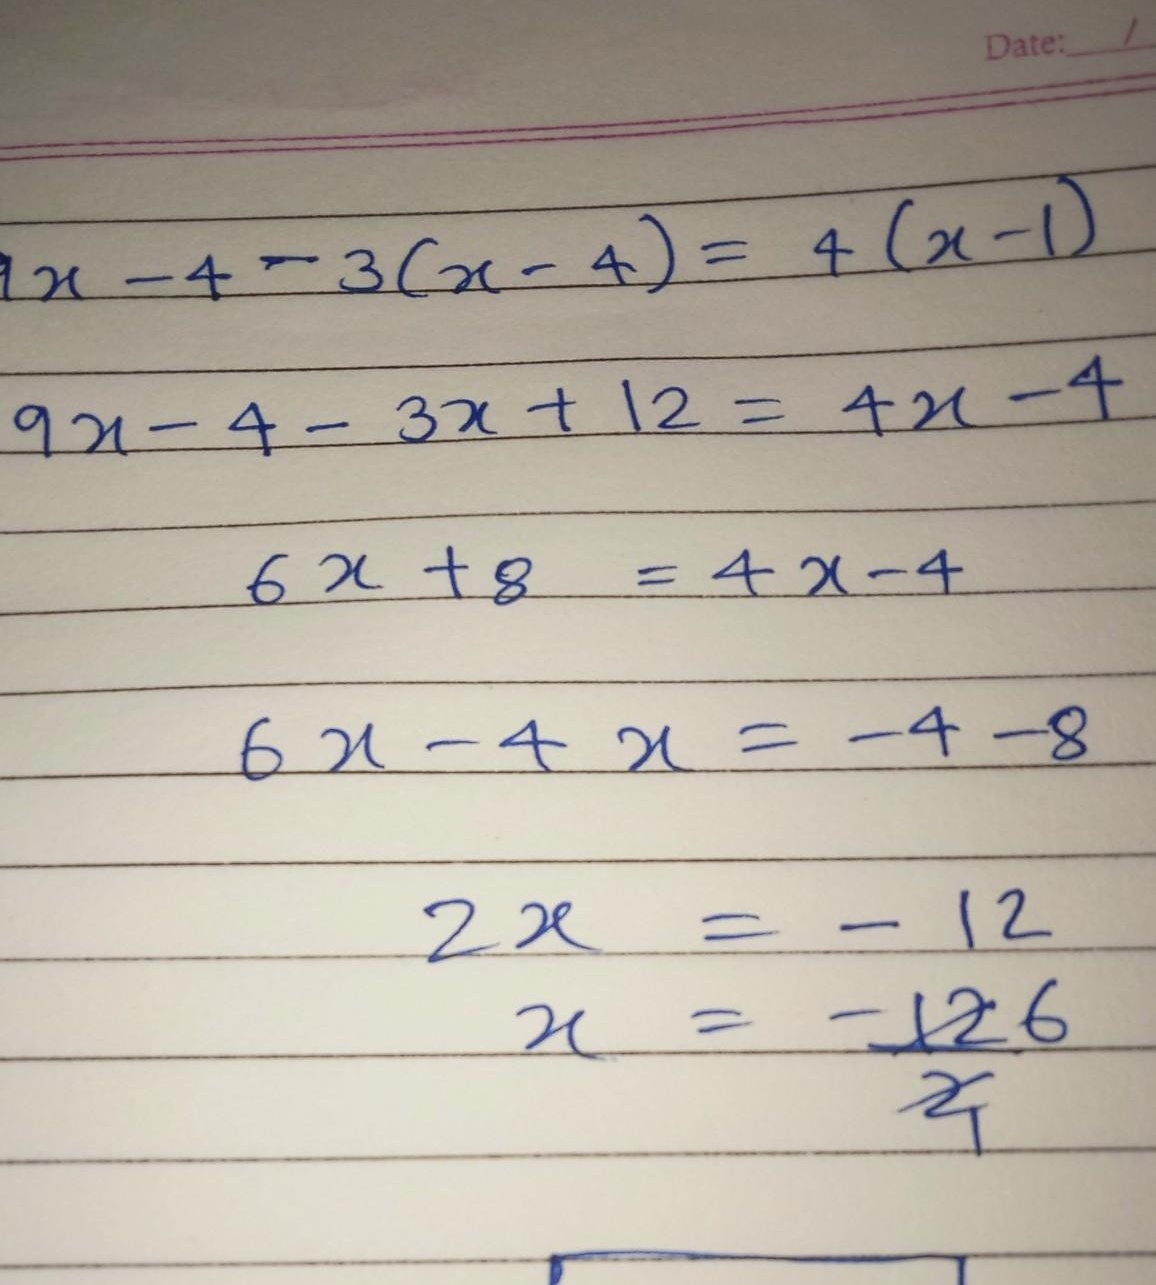
Date:
\[
\begin{align*}
9x - 4-3(x - 4)&=4(x - 1)\\
9x-4 - 3x+12&=4x - 4\\
6x + 8&=4x-4\\
6x-4x&=-4 - 8\\
2x&=-12\\
x&=\frac{-12}{2}
\end{align*}
\]